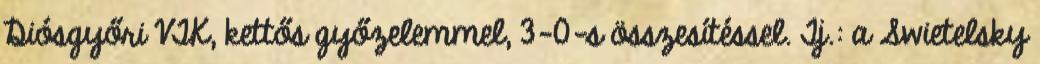
Diósgyőri VTK, kettős győzelemmel, 3-0-s összesítéssel. Tj.: a Swietelsky